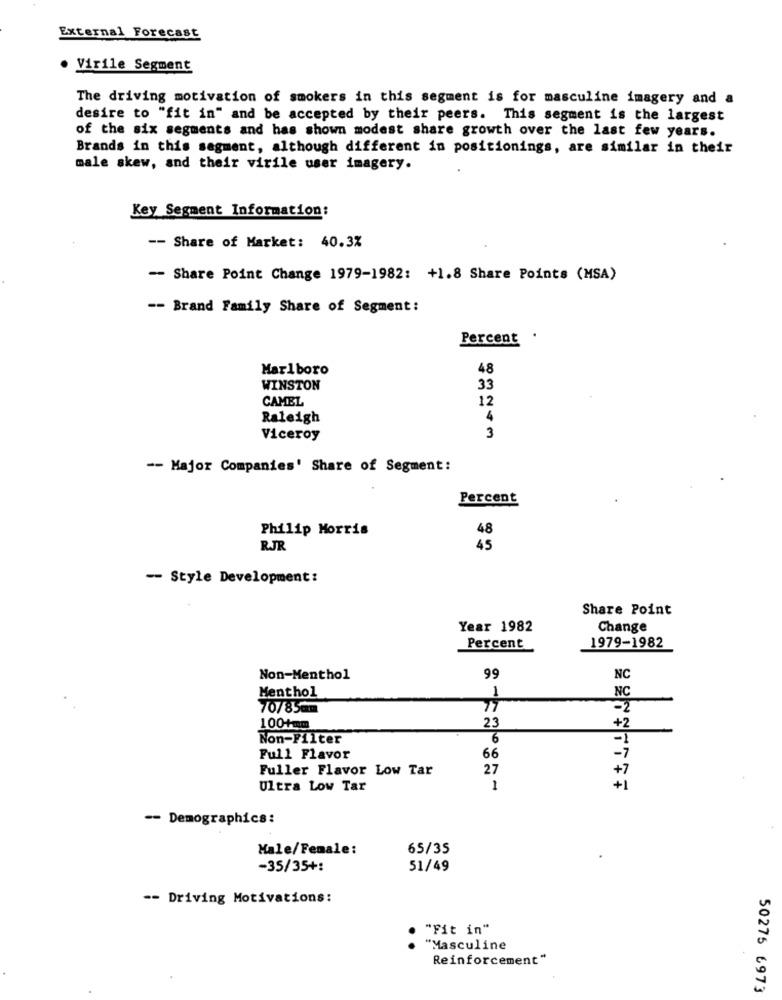
External Forecast
· Virile Segment
The driving motivation of smokers in this segment is for masculine imagery and a
desire to "fit in" and be accepted by their peers. This segment is the largest
of the six segments and has shown modest share growth over the last few years.
Brands in this segment, although different in positionings, are similar in their
male skew, and their virile user imagery.
Key Segment Information:
-- Share of Market: 40.3%
-- Share Point Change 1979-1982: +1.8 Share Points (MSA)
-- Brand Family Share of Segment:
Percent .
Marlboro
48
WINSTON
33
CAMEL
12
Raleigh
Viceroy
3
-- Major Companies' Share of Segment:
Percent
Philip Morris
48
RJR
45
-- Style Development:
Share Point
Year 1982
Change
Percent
1979-1982
Non-Menthol
99
NC
Menthol
NC
1
70/85mm
+2
100+mm
23
Non-Filter
6
-7
Full Flavor
66
Fuller Flavor Low Tar
27
+1
Ultra Low Tar
-- Demographics:
Male/Female:
65/35
-35/35+:
51/49
-- Driving Motivations:
"Fit in"
"Masculine
Reinforcement"
50275 6973